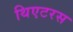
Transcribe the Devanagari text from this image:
थिएटरस